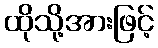
ထိုသို့အားဖြင့်